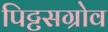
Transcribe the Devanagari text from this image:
पिट्टसग्रोव